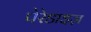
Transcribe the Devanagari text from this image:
पेरेडाइज़